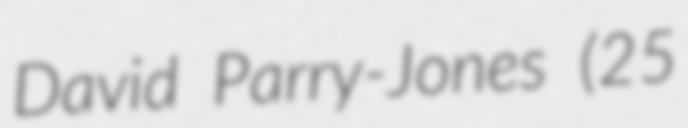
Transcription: David Parry-Jones (25